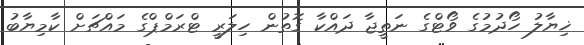
ޚިޔާލު ހޯދުމުގެ ވޯޓްގެ ނަތީޖާ ދައްކާ ގޮތުން ހިލަރީ ޓްރަމްޕްގެ މައްޗަށް ކާމިޔާބު